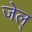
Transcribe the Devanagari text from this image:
जेल्